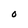
Character: O